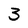
Character: 3